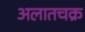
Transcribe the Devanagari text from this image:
अलातचक्र